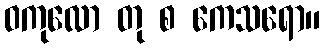
ဝကုလော တု စ ကေသရော။